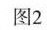
图2